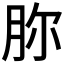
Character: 𦙳